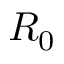
R _ { 0 }